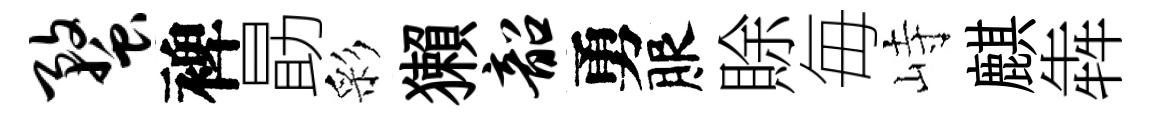
蝥裨勗彩獺韶勇服賖毎峙麒犇